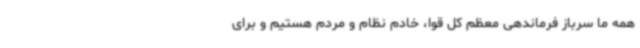
همه ما سرباز فرماندهی معظم کل قوا، خادم نظام و مردم هستیم و برای